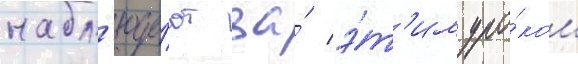
набл'юда́ют за́ э́т'им уро́ком